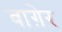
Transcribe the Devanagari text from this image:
बाग़ेर